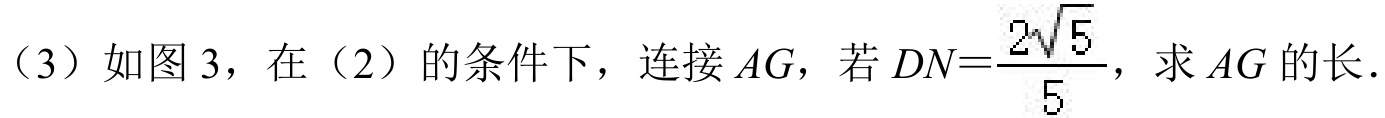
（3）如图3，在（2）的条件下，连接\(AG\)，若\(DN = \frac{2\sqrt{5}}{5}\)，求\(AG\)的长．